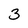
Character: 3